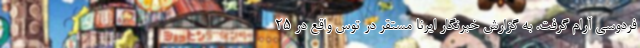
فردوسی آرام گرفت. به گزارش خبرنگار ایرنا مستقر در توس واقع در ۲۵